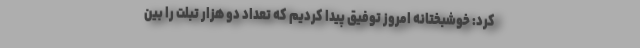
کرد: خوشبختانه امروز توفیق پیدا کردیم که تعداد دو هزار تبلت را بین